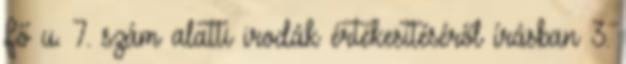
Fő u. 7. szám alatti irodák értékesítéséről írásban 3.